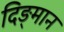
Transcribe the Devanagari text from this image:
दिङ्‌मान